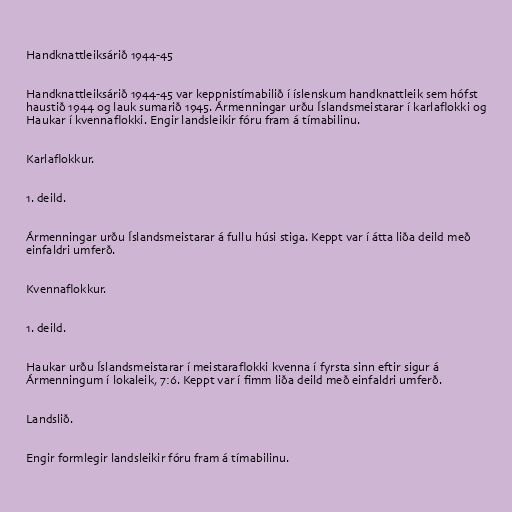
Handknattleiksárið 1944-45

Handknattleiksárið 1944-45 var keppnistímabilið í íslenskum handknattleik sem hófst
haustið 1944 og lauk sumarið 1945. Ármenningar urðu Íslandsmeistarar í karlaflokki og
Haukar í kvennaflokki. Engir landsleikir fóru fram á tímabilinu.

Karlaflokkur.

1. deild.

Ármenningar urðu Íslandsmeistarar á fullu húsi stiga. Keppt var í átta liða deild með
einfaldri umferð.

Kvennaflokkur.

1. deild.

Haukar urðu Íslandsmeistarar í meistaraflokki kvenna í fyrsta sinn eftir sigur á
Ármenningum í lokaleik, 7:6. Keppt var í fimm liða deild með einfaldri umferð.

Landslið.

Engir formlegir landsleikir fóru fram á tímabilinu.